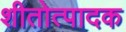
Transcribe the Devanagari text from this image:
शीतोत्पादक